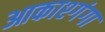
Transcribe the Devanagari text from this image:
आकाश्गंगा